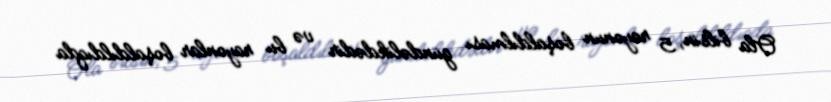
Ola bilsin, 5 rayonun boşaldılması gündəlikdədir və bu rayonlar boşaldıldıqda